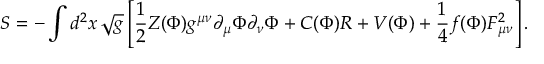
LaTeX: S = - \int d ^ { 2 } x \, \sqrt { g } \left[ { \frac { 1 } { 2 } } Z ( \Phi ) g ^ { \mu \nu } \partial _ { \mu } \Phi \partial _ { \nu } \Phi + C ( \Phi ) R + V ( \Phi ) + \frac { 1 } { 4 } f ( \Phi ) F _ { \mu \nu } ^ { 2 } \right] .